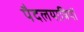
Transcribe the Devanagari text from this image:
पैदलयात्रियों